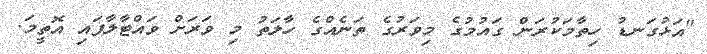
"އަޅުގަނޑު ހިތާމަކުރަން ގައުމުގެ މިވަރުގެ ތަނެއްގެ ހާލަތު މި ވަރަށް ވައްޓާލާފައި އޮތީމަ.